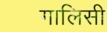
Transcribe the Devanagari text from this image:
गालिसी